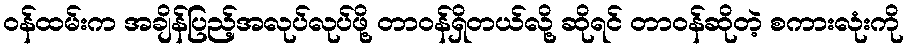
ဝန်ထမ်းက အချိန်ပြည့်အလုပ်လုပ်ဖို့ တာဝန်ရှိတယ်လို့ ဆိုရင် တာဝန်ဆိုတဲ့ စကားလုံးကို